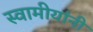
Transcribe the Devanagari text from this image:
स्वामीयांनी